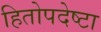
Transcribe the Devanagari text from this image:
हितोपदेष्टा